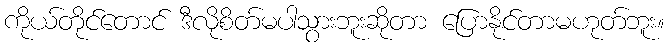
ကိုယ်တိုင်တောင် ဒီလိုစိတ်မပါသွားဘူးဆိုတာ ပြောနိုင်တာမဟုတ်ဘူး။